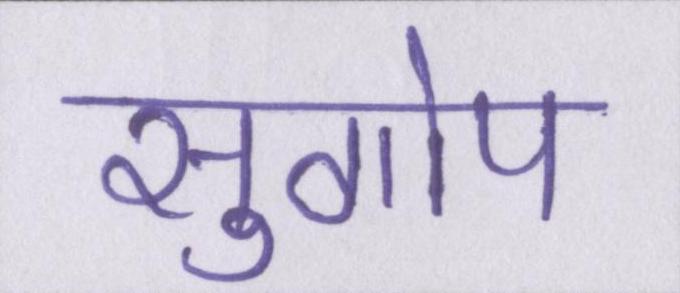
सुगोप